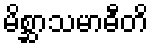
မိစ္ဆာသမာဓီတိ